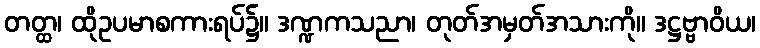
တတ္ထ၊ ထိုဥပမာစကားရပ်၌။ ဒဏ္ဍကသညာ၊ တုတ်အမှတ်အသားကို။ ဒဋ္ဌဗ္ဗာဝိယ၊